Document type: Sale
Year: 1435
Scribe: Pere Soler
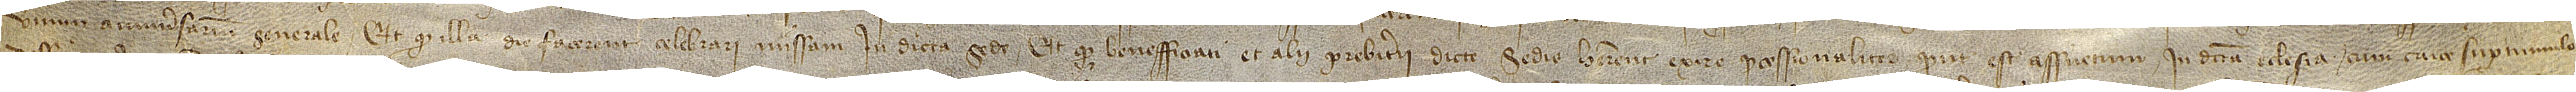
unnum anniversarium generale. Et quod illa die facerent celebrari missam in dicta sede; et quod benefficiati et alii presbiterii dicte sedis haberent exire processionaliter, prout est assuetum in dicta ecclesia, cum cruce super tumulo